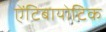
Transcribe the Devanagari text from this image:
एेंटिबायोटिक